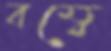
বম্বে